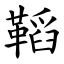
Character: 鞱